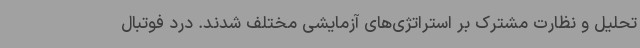
تحلیل و نظارت مشترک بر استراتژی‌های آزمایشی مختلف شدند. درد فوتبال